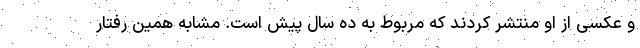
و عکسی از او منتشر کردند که مربوط به ده سال پیش است. مشابه همین رفتار